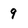
Character: 9